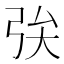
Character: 𢏓